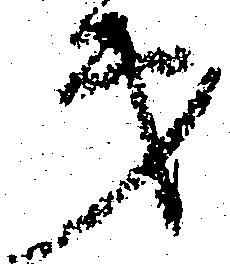
第